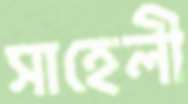
সাহেলী